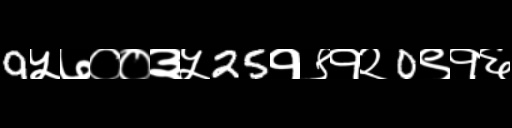
Text: 9५७००३५25१९१२0९१६